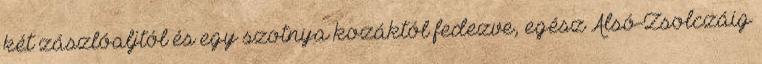
két zászlóaljtól és egy szotnya kozáktól fedezve, egész Alsó-Zsolczáig